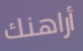
أراهنك